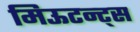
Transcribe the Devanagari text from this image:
मिऊटन्ट्स